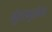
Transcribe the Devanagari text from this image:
गुंतागुतीचा